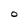
Character: O